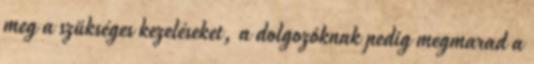
meg a szükséges kezeléseket, a dolgozóknak pedig megmarad a